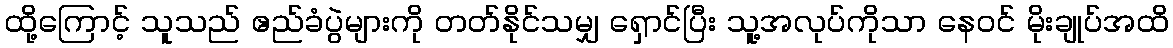
ထို့ကြောင့် သူသည် ဧည်ခံပွဲများကို တတ်နိုင်သမျှ ရှောင်ပြီး သူ့အလုပ်ကိုသာ နေဝင် မိုးချုပ်အထိ